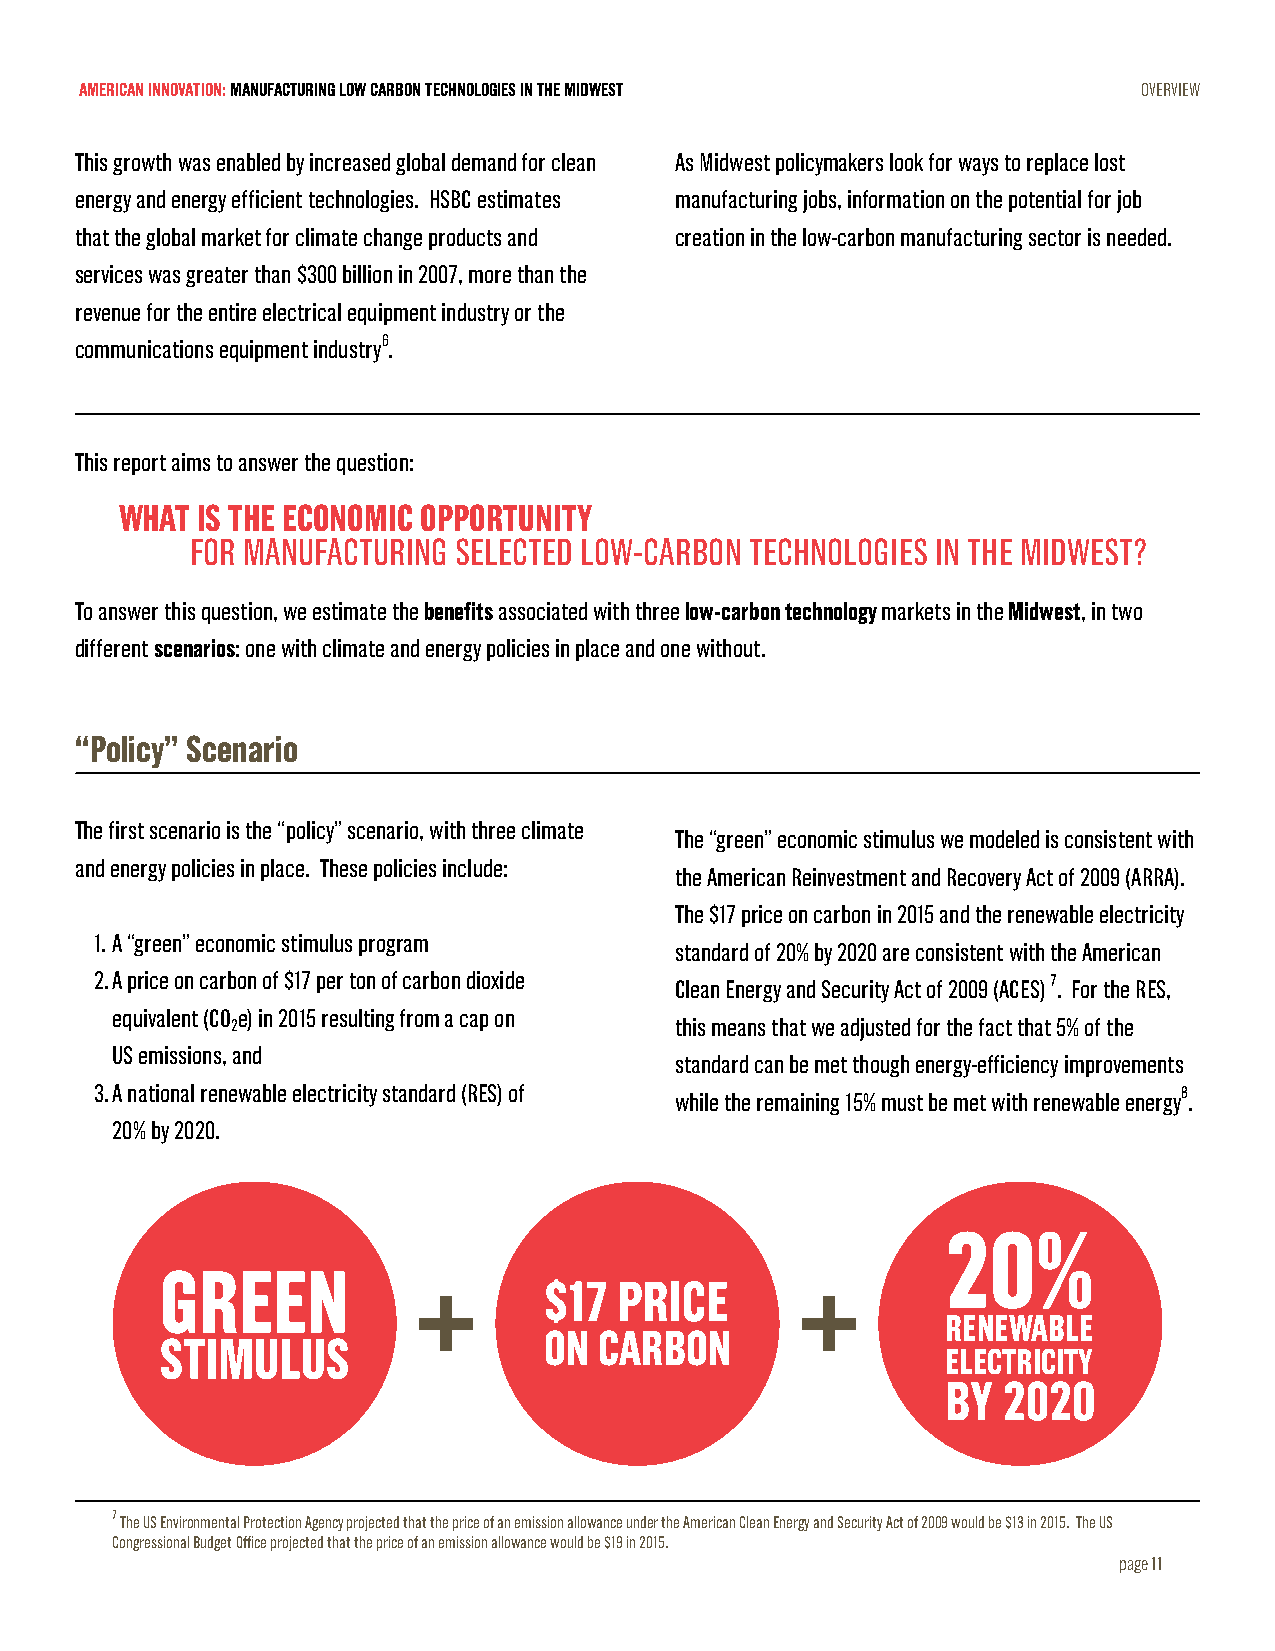
AMERICAN INNOVATION: MANUFACTURING LOW CARBON TECHNOLOGIES IN THE MIDWEST OVERVIEW
 This growth was enabled by increased global demand for clean As Midwest policymakers look for ways to replace lost
 energy and energy efficient technologies. HSBC estimates manufacturing jobs, information on the potential for job
 that the global market for climate change products and creation in the low-carbon manufacturing sector is needed.
 services was greater than $300 billion in 2007, more than the
 revenue for the entire electrical equipment industry or the
 communications equipment industry6.
 This report aims to answer the question:
 WHAT IS THE ECONOMIC OPPORTUNITY
 FOR MANUFACTURING SELECTED LOW-CARBON TECHNOLOGIES IN THE MIDWEST?
 To answer this question, we estimate the benefits associated with three low-carbon technology markets in the Midwest, in two
 different scenarios: one with climate and energy policies in place and one without.
 “Policy” Scenario
 The first scenario is the “policy” scenario, with three climate
 The “green” economic stimulus we modeled is consistent with
 and energy policies in place. These policies include:
 the American Reinvestment and Recovery Act of 2009 (ARRA).
 The $17 price on carbon in 2015 and the renewable electricity
 1. A “green” economic stimulus program
 standard of 20% by 2020 are consistent with the American
 2. A price on carbon of $17 per ton of carbon dioxide Clean Energy and Security Act of 2009 (ACES) 7. For the RES,
 equivalent (CO e) in 2015 resulting from a cap on
 2                             this means that we adjusted for the fact that 5% of the
 US emissions, and
 standard can be met though energy-efficiency improvements
 3. A national renewable electricity standard (RES) of while the remaining 15% must be met with renewable energy8.
 20% by 2020.
 20%
 GREEN
 $17  PRICE
 RENEWABLE
 ON  CARBON
 STIMULUS
 ELECTRICITY
 BY 2020
 7 The US Environmental Protection Agency projected that the price of an emission allowance under the American Clean Energy and Security Act of 2009 would be $13 in 2015. The US
 Congressional Budget Office projected that the price of an emission allowance would be $19 in 2015.
 page 11